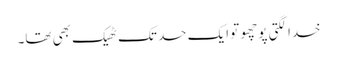
خدا لگتی پوچھو تو ایک حد تک ٹھیک بھی تھا۔